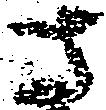
さ